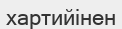
хартийінен